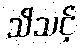
သိသင့်